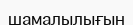
шамалылығын